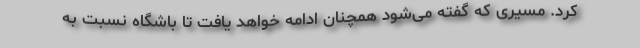
کرد. مسیری که گفته می‌شود همچنان ادامه خواهد یافت تا باشگاه نسبت به